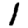
Digit: 1